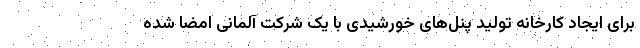
برای ایجاد کارخانه تولید پنل‌های خورشیدی با یک شرکت آلمانی امضا شده